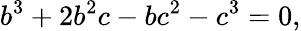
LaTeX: b^{3}+2b^{2}c-bc^{2}-c^{3}=0,